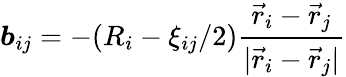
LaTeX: \boldsymbol{b}_{ij}=-(R_{i}-\xi_{ij}/2)\frac{\vec{r}_{i}-\vec{r}_{j}}{|\vec{r}_{i}-\vec{r}_{j}|}